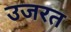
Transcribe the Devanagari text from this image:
उजरत